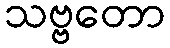
သဗ္ဗတော